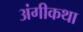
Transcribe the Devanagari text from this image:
अंगीकथा